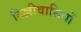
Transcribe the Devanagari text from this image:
दिल्लीवासियों